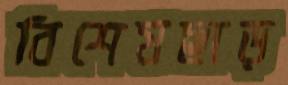
বিশেষছাড়